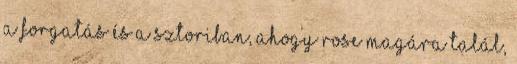
a forgatás és a sztoriban, ahogy Rose magára talál,